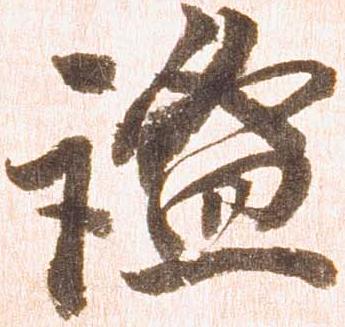
謐